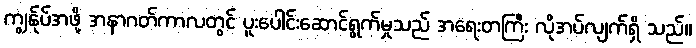
ကျွန်ုပ်အဖို့ အနာဂတ်ကာလတွင် ပူးပေါင်းဆောင်ရွက်မှုသည် အရေးတကြီး လိုအပ်လျက်ရှိ သည်။